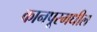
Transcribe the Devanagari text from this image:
कानपूरमधील